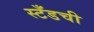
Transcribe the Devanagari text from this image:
स्टँडची